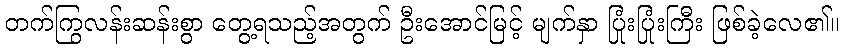
တက်ကြွလန်းဆန်းစွာ တွေ့ရသည့်အတွက် ဦးအောင်မြင့် မျက်နှာ ပြုံးပြုံးကြီး ဖြစ်ခဲ့လေ၏။